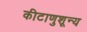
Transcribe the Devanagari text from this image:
कीटाणुशून्य